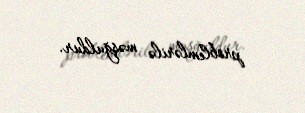
problemlərilə məşğuldur.